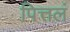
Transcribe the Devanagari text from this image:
पित्तलं